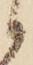
候